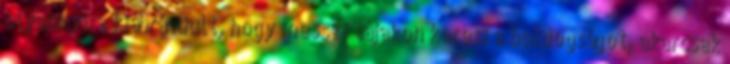
olyannyira kiábrándult, hogy messzi tájakon keresi a boldogságot, akarcsak